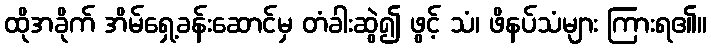
ထိုအခိုက် အိမ်ရှေ့ခန်းဆောင်မှ တံခါးဆွဲ၍ ဖွင့် သံ၊ ဖိနပ်သံများ ကြားရ၏။